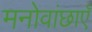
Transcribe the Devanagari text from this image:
मनोवांछाएँ